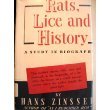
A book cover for Rats, Lice and History: a Study in Biography; Hans Zinsser; Health, Fitness & Dieting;